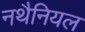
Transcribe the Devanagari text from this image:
नथैनियल